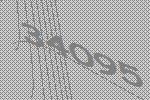
34095